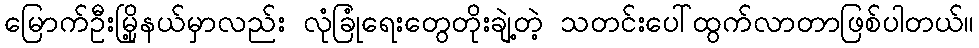
မြောက်ဦးမြို့နယ်မှာလည်း လုံခြုံရေးတွေတိုးချဲ့တဲ့ သတင်းပေါ်ထွက်လာတာဖြစ်ပါတယ်။